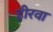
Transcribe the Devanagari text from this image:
हीरवा